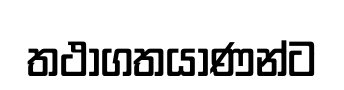
තථාගතයාණන්ට